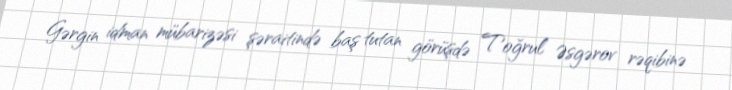
Gərgin idman mübarizəsi şəraitində baş tutan görüşdə Toğrul Əsgərov rəqibinə